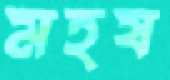
মহষ